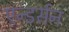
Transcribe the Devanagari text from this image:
एन्डर्सन